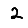
Digit: 2